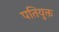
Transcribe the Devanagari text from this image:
पतियुक्त